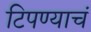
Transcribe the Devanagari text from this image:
टिपण्याचं